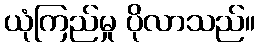
ယုံကြည်မှု ပိုလာသည်။